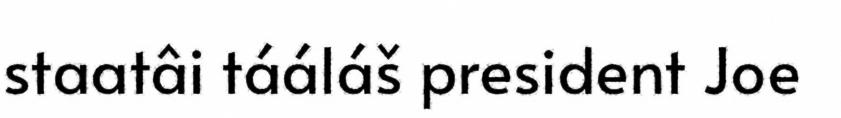
staatâi tááláš president Joe